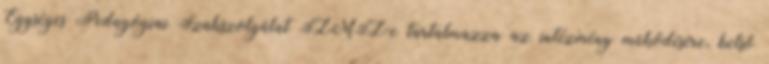
Egységes Pedagógiai Szakszolgálat SZMSZ-e tartalmazza az intézmény működésére, belső